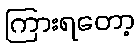
ကြားရတော့